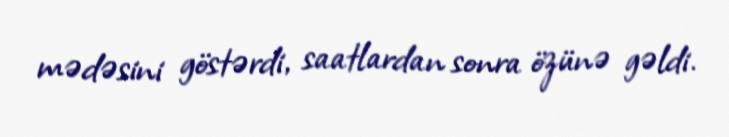
mədəsini göstərdi, saatlardan sonra özünə gəldi.